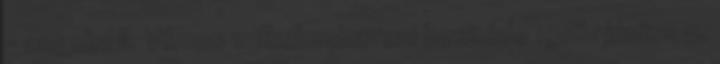
– angolul II. Vilmos wilhelmshaveni beszéde 1916. június 5.